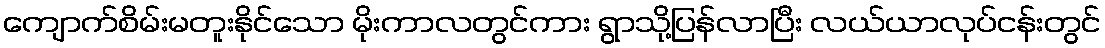
ကျောက်စိမ်းမတူးနိုင်သော မိုးကာလတွင်ကား ရွာသို့ပြန်လာပြီး လယ်ယာလုပ်ငန်းတွင်